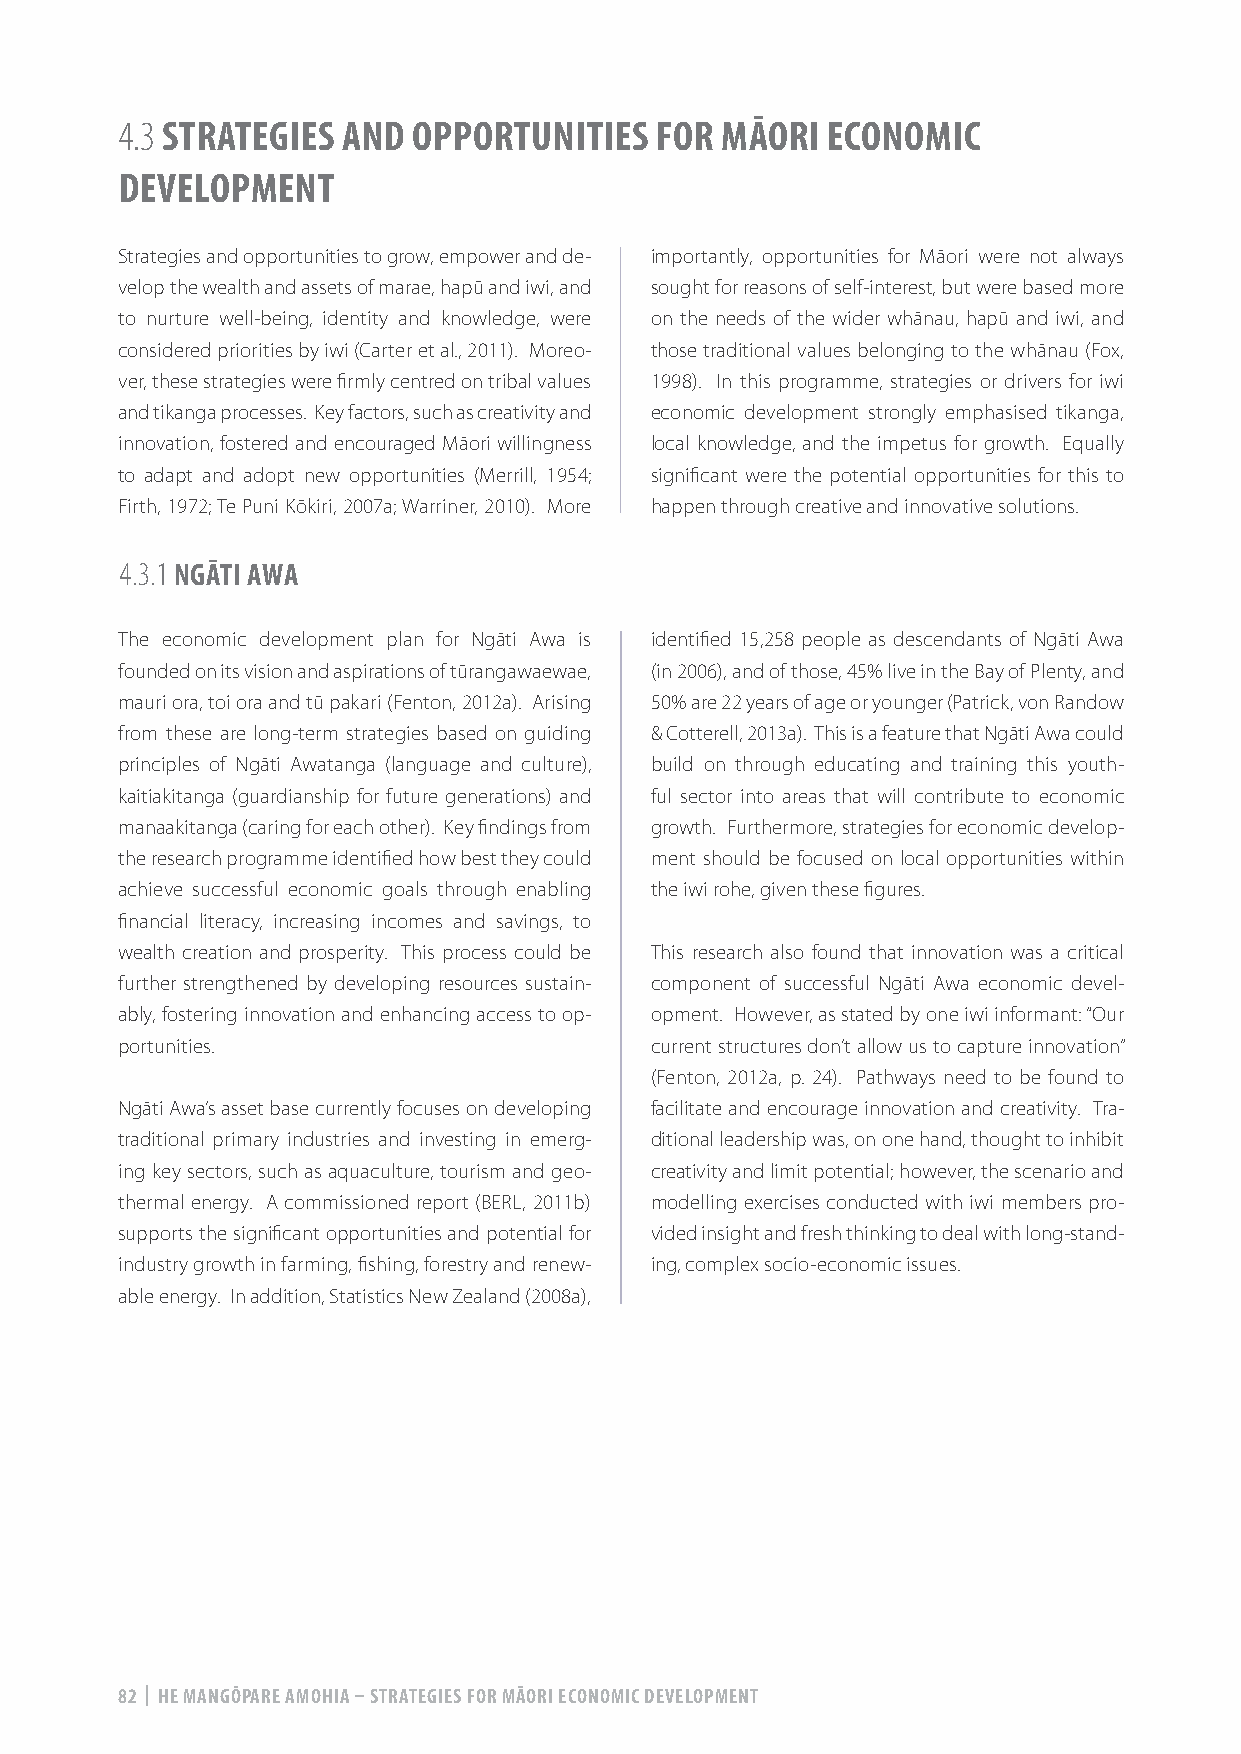
4.3 STRATEGIES AND OPPORTUNITIES   FOR  MĀORI  ECONOMIC
 DEVELOPMENT
 Strategies and opportunities to grow, empower and de- importantly, opportunities for Māori were not always
 velop the wealth and assets of marae, hapū and iwi, and sought for reasons of self-interest, but were based more
 to nurture well-being, identity and knowledge, were on the needs of the wider whānau, hapū and iwi, and
 considered priorities by iwi (Carter et al., 2011). Moreo- those traditional values belonging to the whānau (Fox,
 ver, these strategies were firmly centred on tribal values 1998). In this programme, strategies or drivers for iwi
 and tikanga processes. Key factors, such as creativity and economic development strongly emphasised tikanga,
 innovation, fostered and encouraged Māori willingness local knowledge, and the impetus for growth. Equally
 to adapt and adopt new opportunities (Merrill, 1954; significant were the potential opportunities for this to
 Firth, 1972; Te Puni Kōkiri, 2007a; Warriner, 2010). More happen through creative and innovative solutions.
 4.3.1 NGĀTI AWA
 The economic development plan for Ngāti Awa is identified 15,258 people as descendants of Ngāti Awa
 founded on its vision and aspirations of tūrangawaewae, (in 2006), and of those, 45% live in the Bay of Plenty, and
 mauri ora, toi ora and tū pakari (Fenton, 2012a). Arising 50% are 22 years of age or younger (Patrick, von Randow
 from these are long-term strategies based on guiding & Cotterell, 2013a). This is a feature that Ngāti Awa could
 principles of Ngāti Awatanga (language and culture), build on through educating and training this youth-
 kaitiakitanga (guardianship for future generations) and ful sector into areas that will contribute to economic
 manaakitanga (caring for each other). Key findings from growth. Furthermore, strategies for economic develop-
 the research programme identified how best they could ment should be focused on local opportunities within
 achieve successful economic goals through enabling the iwi rohe, given these figures.
 financial literacy, increasing incomes and savings, to
 wealth creation and prosperity. This process could be This research also found that innovation was a critical
 further strengthened by developing resources sustain- component of successful Ngāti Awa economic devel-
 ably, fostering innovation and enhancing access to op- opment. However, as stated by one iwi informant: “Our
 portunities.                       current structures don’t allow us to capture innovation”
 (Fenton, 2012a, p. 24). Pathways need to be found to
 Ngāti Awa’s asset base currently focuses on developing facilitate and encourage innovation and creativity. Tra-
 traditional primary industries and investing in emerg- ditional leadership was, on one hand, thought to inhibit
 ing key sectors, such as aquaculture, tourism and geo- creativity and limit potential; however, the scenario and
 thermal energy. A commissioned report (BERL, 2011b) modelling exercises conducted with iwi members pro-
 supports the significant opportunities and potential for vided insight and fresh thinking to deal with long-stand-
 industry growth in farming, fishing, forestry and renew- ing, complex socio-economic issues.
 able energy. In addition, Statistics New Zealand (2008a),
 82 | HE MANGŌPARE AMOHIA – STRATEGIES FOR MĀORI ECONOMIC DEVELOPMENT